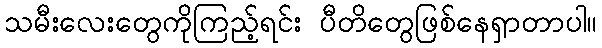
သမီးလေးတွေကိုကြည့်ရင်း ပီတိတွေဖြစ်နေရှာတာပါ။